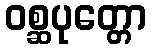
ဝစ္ဆပုတ္တော